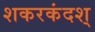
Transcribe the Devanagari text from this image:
शकरकंदश्